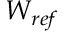
W _ { r e f }